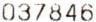
037846